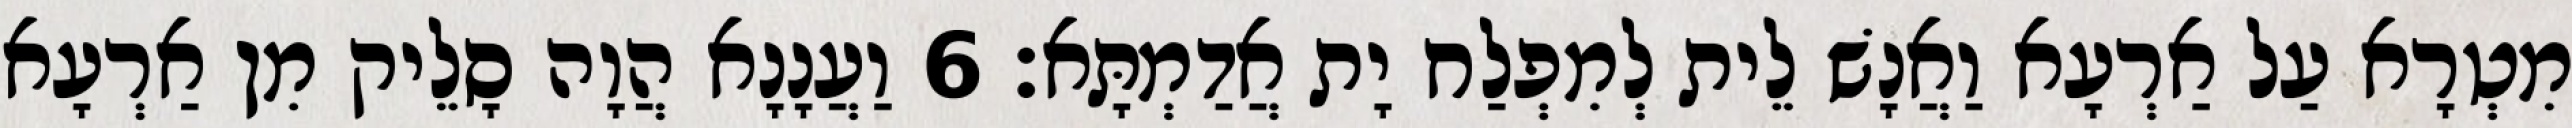
מִטְרָא עַל אַרְעָא וַאֲנָשׁ לֵית לְמִפְלַח יָת אֲדַמְתָּא׃ 6 וַעֲנָנָא הֲוָה סָלֵיק מִן אַרְעָא